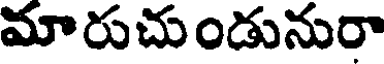
మారుచుండునురా